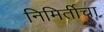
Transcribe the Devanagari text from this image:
निमिर्तीचा